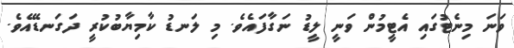
ވަނަ މިނެޓުގައި އެޓީމުން ވަނީ ލީޑު ނަގާފައެވެ. މި ލަނޑު ކާމިޔާބުކުރީ ދަގަނޑޭއެވެ.